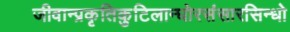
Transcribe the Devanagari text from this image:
जीवान्प्रकृतिकुटिलान्घोरसंसारसिन्धो